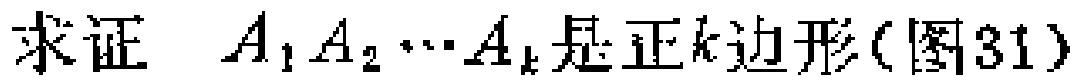
求证 \(A_{1}A_{2}\cdots A_{k}\)是正\(k\)边形(图31)